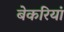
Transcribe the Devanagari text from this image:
बेकरियां